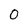
Character: 0